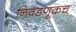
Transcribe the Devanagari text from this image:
निवडणूकच